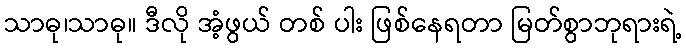
သာဓု၊သာဓု။ ဒီလို အံ့ဖွယ် တစ် ပါး ဖြစ်နေရတာ မြတ်စွာဘုရားရဲ့